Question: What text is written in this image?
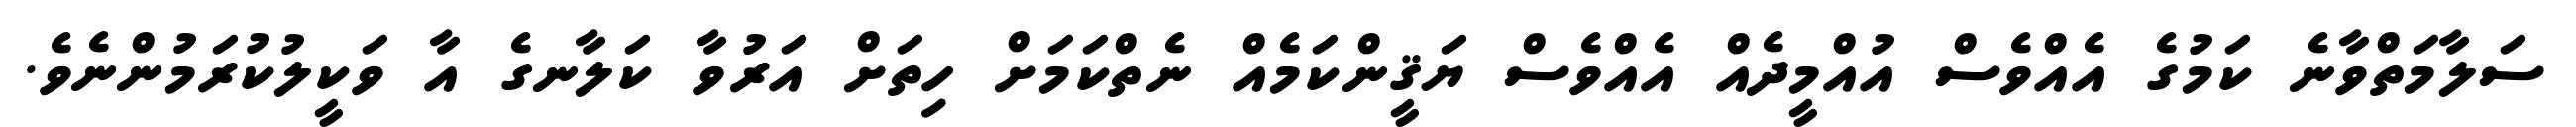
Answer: ސަލާމަތްވާނެ ކަމުގެ އެއްވެސް އުއްމީދެއް އެއްވެސް ޔަޤީންކަމެއް ނެތްކަމަށް ހިތަށް އަރުވާ ކަލާނގެ އާ ވަކީލުކުރަމުންނެވެ.